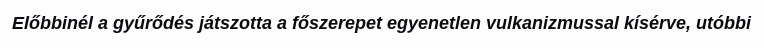
Előbbinél a gyűrődés játszotta a főszerepet egyenetlen vulkanizmussal kísérve, utóbbi